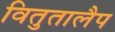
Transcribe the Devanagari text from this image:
वितुतालैप